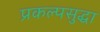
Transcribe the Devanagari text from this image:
प्रकल्पसुद्धा